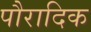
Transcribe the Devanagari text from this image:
पौरादिक